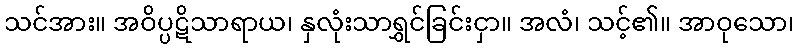
သင်အား။ အဝိပ္ပဋိသာရာယ၊ နှလုံးသာရွှင်ခြင်းငှာ။ အလံ၊ သင့်၏။ အာဝုသော၊